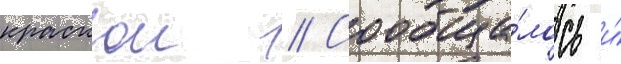
краскои // Сообща́лось и́